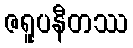
ဇရူပနီတဿ